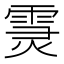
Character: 𩃏